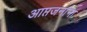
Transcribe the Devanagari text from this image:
आप्तजनांना